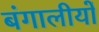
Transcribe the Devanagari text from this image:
बंगालीयों